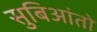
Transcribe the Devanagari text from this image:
सुबिआंतो